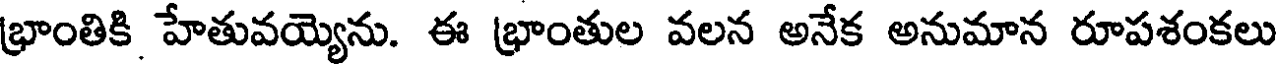
భ్రాంతికి హేతువయ్యెను. ఈ భ్రాంతుల వలన అనేక అనుమాన రూపశంకలు